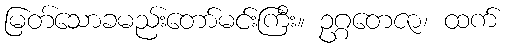
မြတ်သောခမည်းတော်မင်းကြီး။ ဥဂ္ဂတေဇာ၊ ထက်